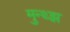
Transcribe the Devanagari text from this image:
मुन्थ्झ